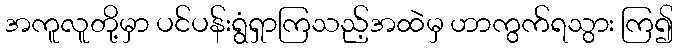
အကူလူတို့မှာ ပင်ပန်းရွံရှာကြသည့်အထဲမှ ဟာကွက်ရသွား ကြ၍